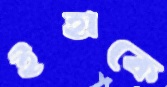
ইহাকে